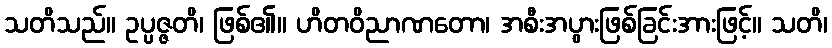
သတိသည်။ ဥပ္ပဇ္ဇတိ၊ ဖြစ်၏။ ဟိတဝိညာဏတော၊ အစီးအပွားဖြစ်ခြင်းအားဖြင့်။ သတိ၊